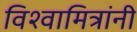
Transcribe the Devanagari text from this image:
विश्वामित्रांनी